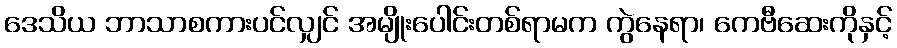
ဒေသိယ ဘာသာစကားပင်လျှင် အမျိုးပေါင်းတစ်ရာမက ကွဲနေရာ၊ ကေဗီဆေးကိုနှင့်